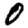
Digit: 0